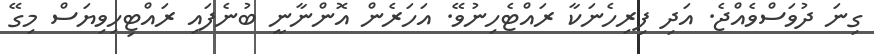
ގިނަ ދުވަސްވެއްޖެ. އަދި ފިރިހެނަކާ ރައްޓެހިނުވޭ. އަހަރެން އޮންނާނީ ބުނެފައި ރައްޓިހިވިޔަސް މިގޭ